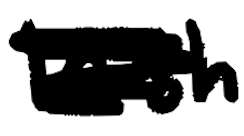
Text: Irish
Cross-out: scratch
Writing tool: digital_black